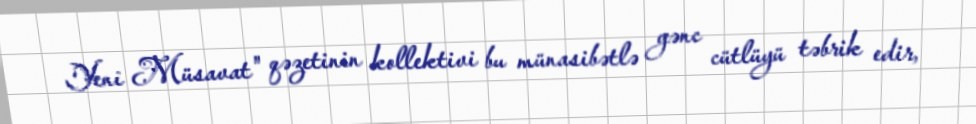
Yeni Müsavat" qəzetinin kollektivi bu münasibətlə gənc cütlüyü təbrik edir,